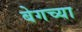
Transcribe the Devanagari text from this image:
बेगच्या